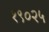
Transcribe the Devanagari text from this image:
१९०२५